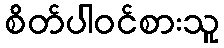
စိတ်ပါဝင်စားသူ